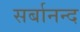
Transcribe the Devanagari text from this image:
सर्बानन्द